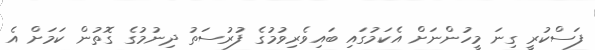
ފަސްކުރީ ގިނަ މީހުންނަށް އެކަމުގައި ބައިވެރިވުމުގެ ފުރުސަތު ދިނުމުގެ ގޮތުން ކަމަށް އެ